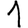
Digit: 1